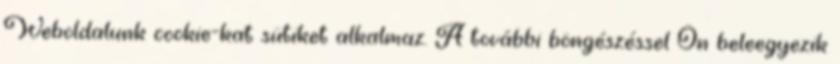
Weboldalunk cookie-kat sütiket alkalmaz. A további böngészéssel Ön beleegyezik